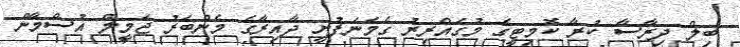
ބިލް ދިރާސާ ކުރާ ކޮމިޓީގެ މުގައްރިރު ގެމަނަފުށީ ދާއިރާގެ މެންބަރު ޖަމީލް އުސްމާން